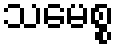
သမေစ္စ